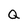
Character: Q